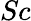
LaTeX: Sc